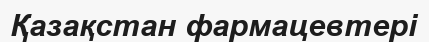
Қазақстан фармацевтері